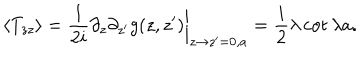
\langle T _ { z z } \rangle = { \frac { 1 } { 2 i } } \partial _ { z } \partial _ { z ^ { \prime } } g ( z , z ^ { \prime } ) \bigg | _ { z \to z ^ { \prime } = 0 , a } = { \frac { i } { 2 } } \lambda \cot \lambda a .